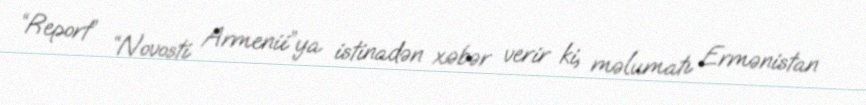
“Report” “Novosti Armenii”ya istinadən xəbər verir ki, məlumatı Ermənistan